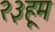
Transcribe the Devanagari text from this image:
२३हूम